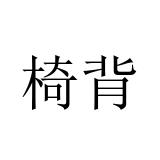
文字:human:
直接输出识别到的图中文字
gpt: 椅背